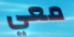
معي